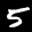
Label: 5